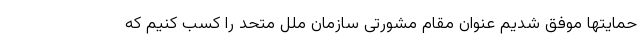
حمایتها موفق شدیم عنوان مقام مشورتی سازمان ملل متحد را کسب کنیم که